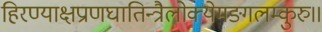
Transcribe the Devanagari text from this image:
हिरण्याक्षप्राणघातिन्त्रैलोक्येमङ्गलम्कुरु॥